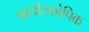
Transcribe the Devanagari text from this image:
आर्थोस्कोपिक